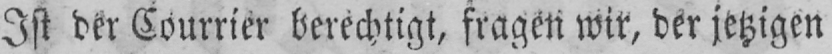
Ist der Courrier berechtigt, fragen wir, der jetzigen